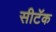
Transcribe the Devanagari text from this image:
सीटॅक